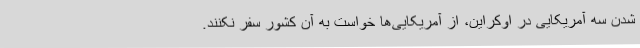
شدن سه آمریکایی در اوکراین، از آمریکایی‌ها خواست به آن کشور سفر نکنند.